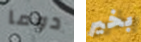
دوما بخير